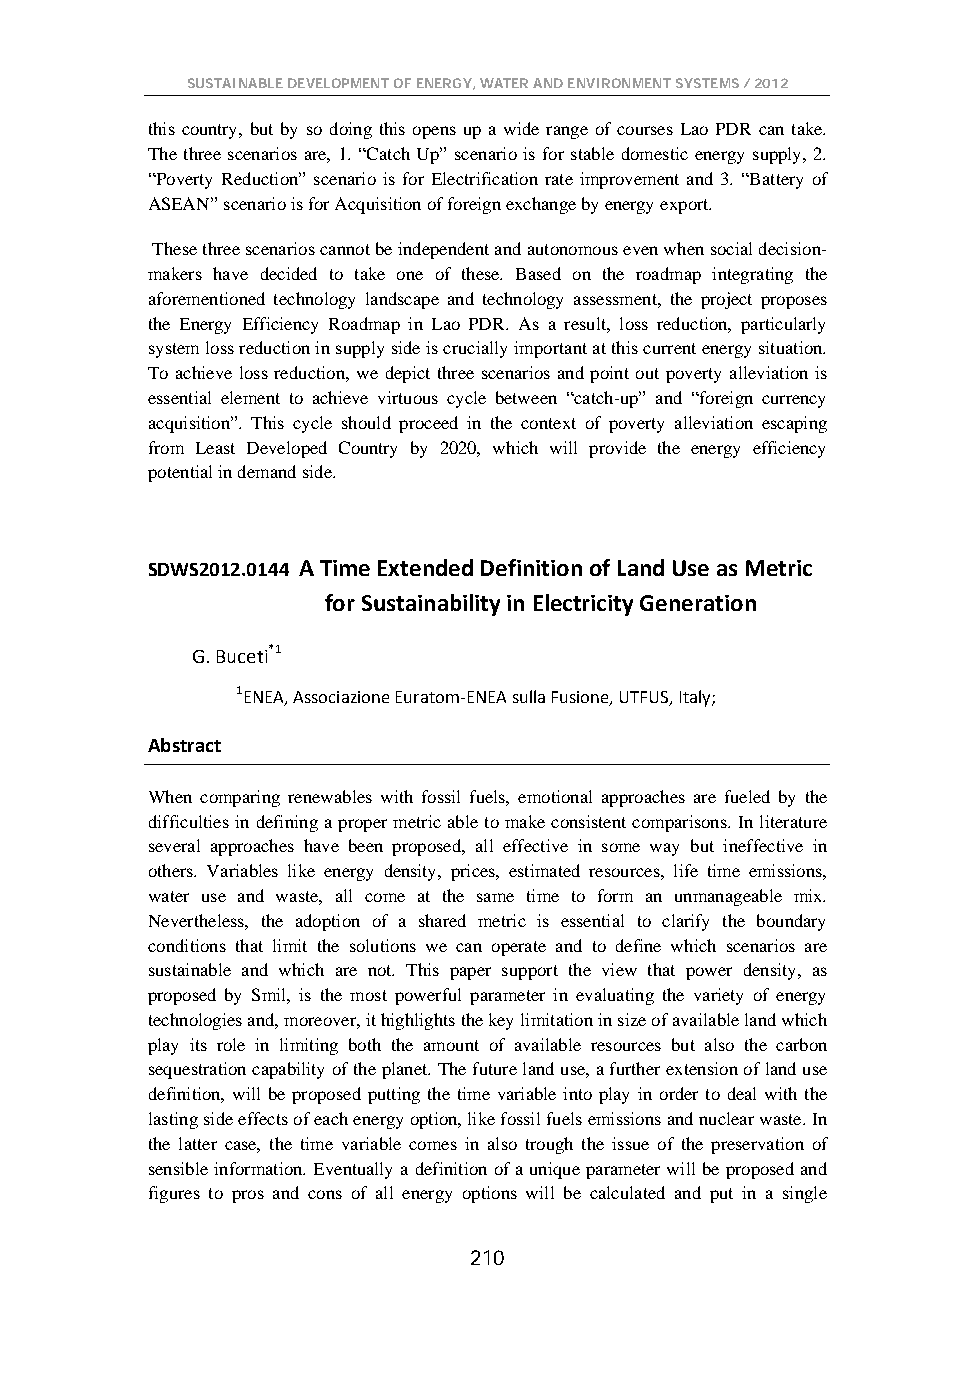
SUSTAINABLE DEVELOPMENT OF ENERGY, WATER AND ENVIRONMENT SYSTEMS / 2012
 this country, but by so doing this opens up a wide range of courses Lao PDR can take.
 The three scenarios are, 1. “Catch Up” scenario is for stable domestic energy supply, 2.
 “Poverty Reduction” scenario is for Electrification rate improvement and 3. “Battery of
 ASEAN” scenario is for Acquisition of foreign exchange by energy export.
 These three scenarios cannot be independent and autonomous even when social decision-
 makers have decided to take one of these. Based on the roadmap integrating the
 aforementioned technology landscape and technology assessment, the project proposes
 the Energy Efficiency Roadmap in Lao PDR. As a result, loss reduction, particularly
 system loss reduction in supply side is crucially important at this current energy situation.
 To achieve loss reduction, we depict three scenarios and point out poverty alleviation is
 essential element to achieve virtuous cycle between “catch-up” and “foreign currency
 acquisition”. This cycle should proceed in the context of poverty alleviation escaping
 from Least Developed Country by 2020, which will provide the energy efficiency
 potential in demand side.
 SDWS2012.0144 A Time Extended Definition of Land Use as Metric
 for Sustainability in Electricity Generation
 G. Buceti*1
 1ENEA, Associazione Euratom-ENEA sulla Fusione, UTFUS, Italy;
 Abstract
 When comparing renewables with fossil fuels, emotional approaches are fueled by the
 difficulties in defining a proper metric able to make consistent comparisons. In literature
 several approaches have been proposed, all effective in some way but ineffective in
 others. Variables like energy density, prices, estimated resources, life time emissions,
 water use and waste, all come at the same time to form an unmanageable mix.
 Nevertheless, the adoption of a shared metric is essential to clarify the boundary
 conditions that limit the solutions we can operate and to define which scenarios are
 sustainable and which are not. This paper support the view that power density, as
 proposed by Smil, is the most powerful parameter in evaluating the variety of energy
 technologies and, moreover, it highlights the key limitation in size of available land which
 play its role in limiting both the amount of available resources but also the carbon
 sequestration capability of the planet. The future land use, a further extension of land use
 definition, will be proposed putting the time variable into play in order to deal with the
 lasting side effects of each energy option, like fossil fuels emissions and nuclear waste. In
 the latter case, the time variable comes in also trough the issue of the preservation of
 sensible information. Eventually a definition of a unique parameter will be proposed and
 figures to pros and cons of all energy options will be calculated and put in a single
 210